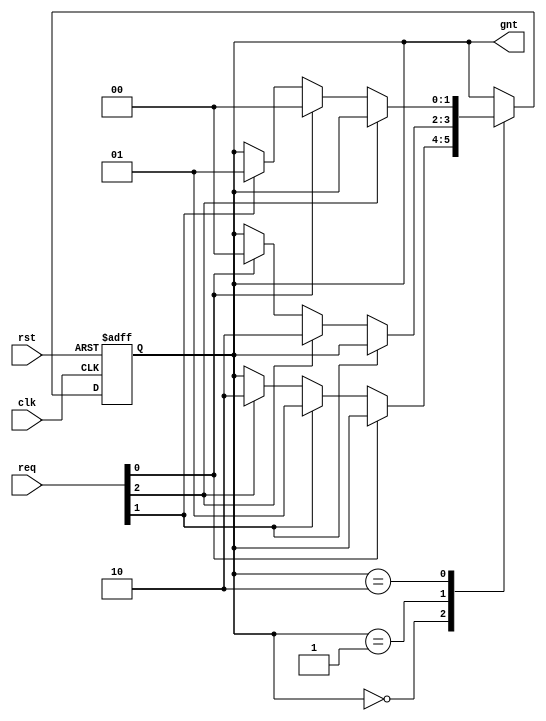
/* Copyright (c) 2013 by the author(s)
 *
 * Permission is hereby granted, free of charge, to any person obtaining a copy
 * of this software and associated documentation files (the "Software"), to deal
 * in the Software without restriction, including without limitation the rights
 * to use, copy, modify, merge, publish, distribute, sublicense, and/or sell
 * copies of the Software, and to permit persons to whom the Software is
 * furnished to do so, subject to the following conditions:
 *
 * The above copyright notice and this permission notice shall be included in
 * all copies or substantial portions of the Software.
 *
 * THE SOFTWARE IS PROVIDED "AS IS", WITHOUT WARRANTY OF ANY KIND, EXPRESS OR
 * IMPLIED, INCLUDING BUT NOT LIMITED TO THE WARRANTIES OF MERCHANTABILITY,
 * FITNESS FOR A PARTICULAR PURPOSE AND NONINFRINGEMENT. IN NO EVENT SHALL THE
 * AUTHORS OR COPYRIGHT HOLDERS BE LIABLE FOR ANY CLAIM, DAMAGES OR OTHER
 * LIABILITY, WHETHER IN AN ACTION OF CONTRACT, TORT OR OTHERWISE, ARISING FROM,
 * OUT OF OR IN CONNECTION WITH THE SOFTWARE OR THE USE OR OTHER DEALINGS IN
 * THE SOFTWARE.
 *
 * =============================================================================
 *
 * Round-robin Wishbone bus arbiter
 *
 *
 *
 * Author(s):
 *   Stefan Wallentowitz <stefan.wallentowitz@tum.de>
 */
module compute_tile_dm_bus_arbiter(/*AUTOARG*/
   // Outputs
   gnt,
   // Inputs
   clk, rst, req
   );

   parameter GRANT0 = 2'd0;
   parameter GRANT1 = 2'd1;
   parameter GRANT2 = 2'd2;

   input        clk;
   input        rst;
   input  [2:0] req; // request input
   output [1:0] gnt; // grant output

   reg [1:0] state;
   reg [1:0] state_nxt;

   assign gnt = state;

   always @(posedge clk or posedge rst) begin
      if (rst)
         state <= GRANT0;
      else begin
         state <= state_nxt;
      end
   end

   always @(state or req) begin
      state_nxt = state;

      case (state)
         GRANT0: begin
            if (!req[0]) begin
               if (req[1]) begin
                  state_nxt = GRANT1;
               end else if (req[2]) begin
                  state_nxt = GRANT2;
               end
            end
         end

         GRANT1: begin
            if (!req[1]) begin
               if (req[2]) begin
                  state_nxt = GRANT2;
               end else if (req[0]) begin
                  state_nxt = GRANT0;
               end
            end
         end

         GRANT2: begin
            if (!req[2]) begin
               if (req[0]) begin
                  state_nxt = GRANT0;
               end else if (req[1]) begin
                  state_nxt = GRANT1;
               end
            end
         end
      endcase
   end
endmodule